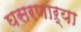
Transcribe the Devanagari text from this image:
घसरणाऱ्या